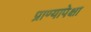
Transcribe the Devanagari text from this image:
प्राण्यापेक्षा